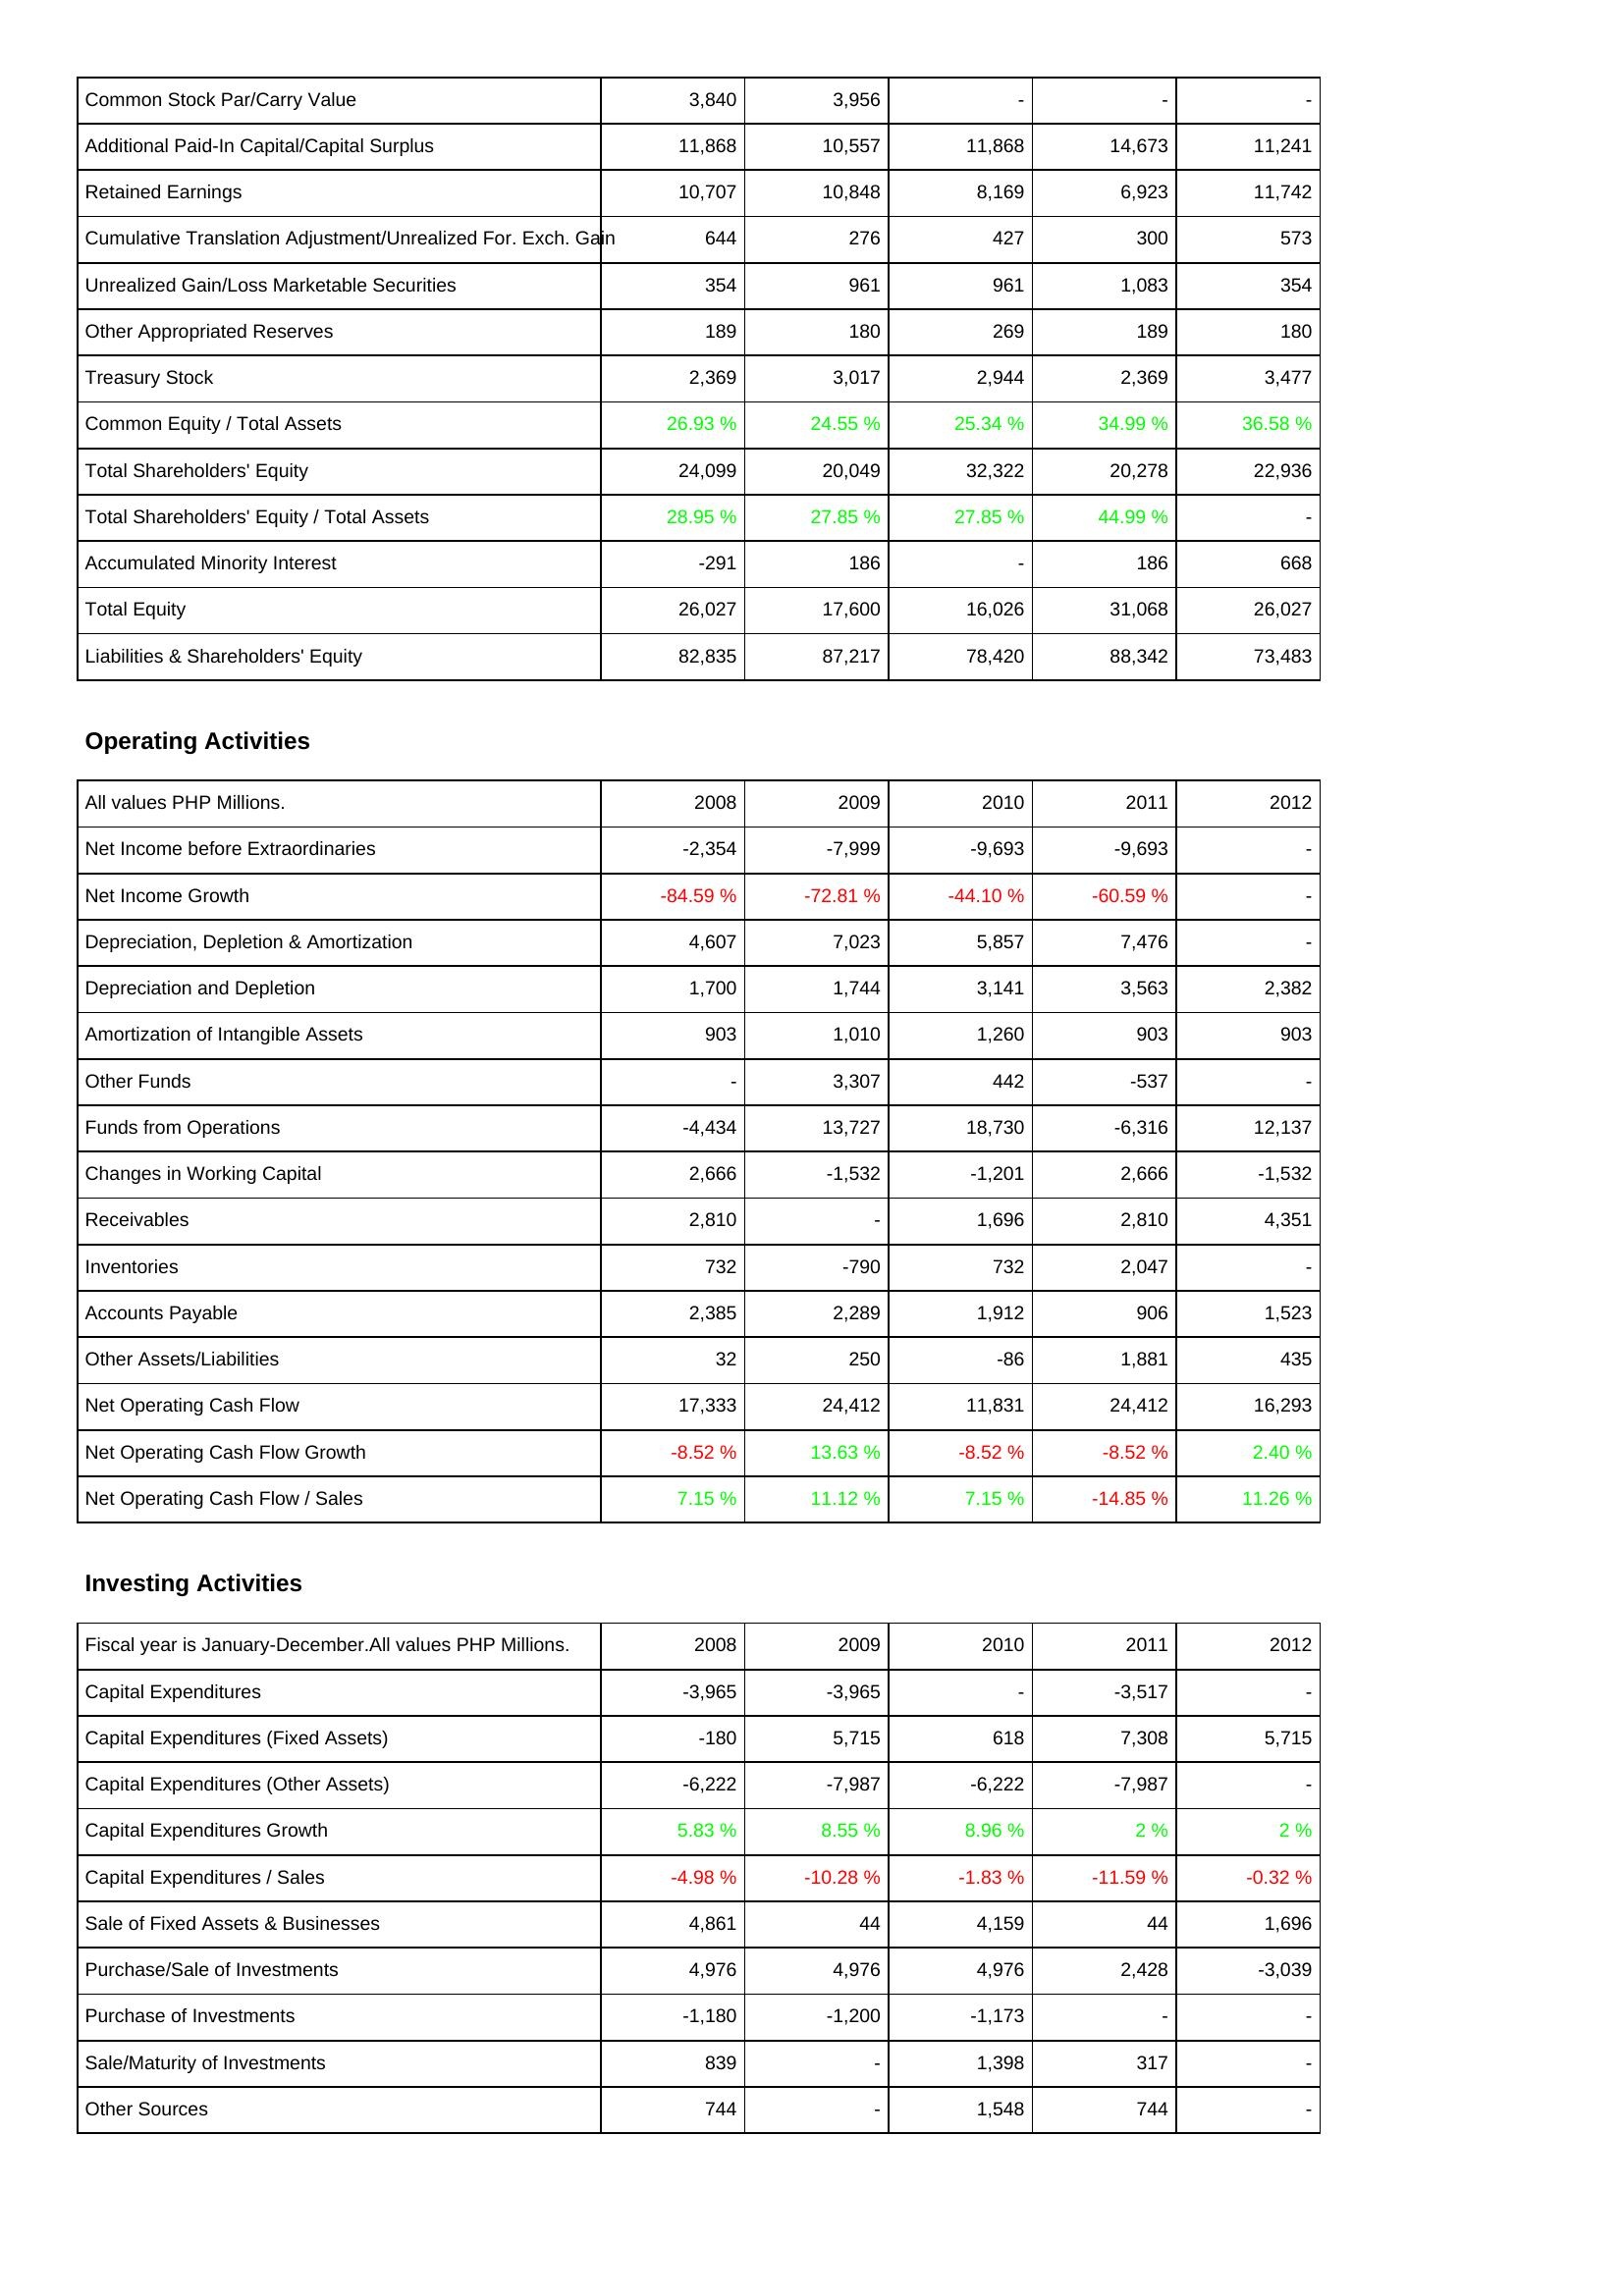
2008: Liabilities & Shareholders' Equity: Common Stock Par/Carry Value: 3,840
Additional Paid-In Capital/Capital Surplus: 11,868
Retained Earnings: 10,707
Cumulative Translation Adjustment/Unrealized For. Exch. Gain: 644
Unrealized Gain/Loss Marketable Securities: 354
Other Appropriated Reserves: 189
Treasury Stock: 2,369
Common Equity / Total Assets: 26.93 %
Total Shareholders' Equity: 24,099
Total Shareholders' Equity / Total Assets: 28.95 %
Accumulated Minority Interest: -291
Total Equity: 26,027
Liabilities & Shareholders' Equity: 82,835
Operating Activities: Net Income before Extraordinaries: -2,354
Net Income Growth: -84.59 %
Depreciation, Depletion & Amortization: 4,607
Depreciation and Depletion: 1,700
Amortization of Intangible Assets: 903
Other Funds: -
Funds from Operations: -4,434
Changes in Working Capital: 2,666
Receivables: 2,810
Inventories: 732
Accounts Payable: 2,385
Other Assets/Liabilities: 32
Net Operating Cash Flow: 17,333
Net Operating Cash Flow Growth: -8.52 %
Net Operating Cash Flow / Sales: 7.15 %
Investing Activities: Capital Expenditures: -3,965
Capital Expenditures (Fixed Assets): -180
Capital Expenditures (Other Assets): -6,222
Capital Expenditures Growth: 5.83 %
Capital Expenditures / Sales: -4.98 %
Sale of Fixed Assets & Businesses: 4,861
Purchase/Sale of Investments: 4,976
Purchase of Investments: -1,180
Sale/Maturity of Investments: 839
Other Sources: 744
2009: Liabilities & Shareholders' Equity: Common Stock Par/Carry Value: 3,956
Additional Paid-In Capital/Capital Surplus: 10,557
Retained Earnings: 10,848
Cumulative Translation Adjustment/Unrealized For. Exch. Gain: 276
Unrealized Gain/Loss Marketable Securities: 961
Other Appropriated Reserves: 180
Treasury Stock: 3,017
Common Equity / Total Assets: 24.55 %
Total Shareholders' Equity: 20,049
Total Shareholders' Equity / Total Assets: 27.85 %
Accumulated Minority Interest: 186
Total Equity: 17,600
Liabilities & Shareholders' Equity: 87,217
Operating Activities: Net Income before Extraordinaries: -7,999
Net Income Growth: -72.81 %
Depreciation, Depletion & Amortization: 7,023
Depreciation and Depletion: 1,744
Amortization of Intangible Assets: 1,010
Other Funds: 3,307
Funds from Operations: 13,727
Changes in Working Capital: -1,532
Receivables: -
Inventories: -790
Accounts Payable: 2,289
Other Assets/Liabilities: 250
Net Operating Cash Flow: 24,412
Net Operating Cash Flow Growth: 13.63 %
Net Operating Cash Flow / Sales: 11.12 %
Investing Activities: Capital Expenditures: -3,965
Capital Expenditures (Fixed Assets): 5,715
Capital Expenditures (Other Assets): -7,987
Capital Expenditures Growth: 8.55 %
Capital Expenditures / Sales: -10.28 %
Sale of Fixed Assets & Businesses: 44
Purchase/Sale of Investments: 4,976
Purchase of Investments: -1,200
Sale/Maturity of Investments: -
Other Sources: -
2010: Liabilities & Shareholders' Equity: Common Stock Par/Carry Value: -
Additional Paid-In Capital/Capital Surplus: 11,868
Retained Earnings: 8,169
Cumulative Translation Adjustment/Unrealized For. Exch. Gain: 427
Unrealized Gain/Loss Marketable Securities: 961
Other Appropriated Reserves: 269
Treasury Stock: 2,944
Common Equity / Total Assets: 25.34 %
Total Shareholders' Equity: 32,322
Total Shareholders' Equity / Total Assets: 27.85 %
Accumulated Minority Interest: -
Total Equity: 16,026
Liabilities & Shareholders' Equity: 78,420
Operating Activities: Net Income before Extraordinaries: -9,693
Net Income Growth: -44.10 %
Depreciation, Depletion & Amortization: 5,857
Depreciation and Depletion: 3,141
Amortization of Intangible Assets: 1,260
Other Funds: 442
Funds from Operations: 18,730
Changes in Working Capital: -1,201
Receivables: 1,696
Inventories: 732
Accounts Payable: 1,912
Other Assets/Liabilities: -86
Net Operating Cash Flow: 11,831
Net Operating Cash Flow Growth: -8.52 %
Net Operating Cash Flow / Sales: 7.15 %
Investing Activities: Capital Expenditures: -
Capital Expenditures (Fixed Assets): 618
Capital Expenditures (Other Assets): -6,222
Capital Expenditures Growth: 8.96 %
Capital Expenditures / Sales: -1.83 %
Sale of Fixed Assets & Businesses: 4,159
Purchase/Sale of Investments: 4,976
Purchase of Investments: -1,173
Sale/Maturity of Investments: 1,398
Other Sources: 1,548
2011: Liabilities & Shareholders' Equity: Common Stock Par/Carry Value: -
Additional Paid-In Capital/Capital Surplus: 14,673
Retained Earnings: 6,923
Cumulative Translation Adjustment/Unrealized For. Exch. Gain: 300
Unrealized Gain/Loss Marketable Securities: 1,083
Other Appropriated Reserves: 189
Treasury Stock: 2,369
Common Equity / Total Assets: 34.99 %
Total Shareholders' Equity: 20,278
Total Shareholders' Equity / Total Assets: 44.99 %
Accumulated Minority Interest: 186
Total Equity: 31,068
Liabilities & Shareholders' Equity: 88,342
Operating Activities: Net Income before Extraordinaries: -9,693
Net Income Growth: -60.59 %
Depreciation, Depletion & Amortization: 7,476
Depreciation and Depletion: 3,563
Amortization of Intangible Assets: 903
Other Funds: -537
Funds from Operations: -6,316
Changes in Working Capital: 2,666
Receivables: 2,810
Inventories: 2,047
Accounts Payable: 906
Other Assets/Liabilities: 1,881
Net Operating Cash Flow: 24,412
Net Operating Cash Flow Growth: -8.52 %
Net Operating Cash Flow / Sales: -14.85 %
Investing Activities: Capital Expenditures: -3,517
Capital Expenditures (Fixed Assets): 7,308
Capital Expenditures (Other Assets): -7,987
Capital Expenditures Growth: 2 %
Capital Expenditures / Sales: -11.59 %
Sale of Fixed Assets & Businesses: 44
Purchase/Sale of Investments: 2,428
Purchase of Investments: -
Sale/Maturity of Investments: 317
Other Sources: 744
2012: Liabilities & Shareholders' Equity: Common Stock Par/Carry Value: -
Additional Paid-In Capital/Capital Surplus: 11,241
Retained Earnings: 11,742
Cumulative Translation Adjustment/Unrealized For. Exch. Gain: 573
Unrealized Gain/Loss Marketable Securities: 354
Other Appropriated Reserves: 180
Treasury Stock: 3,477
Common Equity / Total Assets: 36.58 %
Total Shareholders' Equity: 22,936
Total Shareholders' Equity / Total Assets: -
Accumulated Minority Interest: 668
Total Equity: 26,027
Liabilities & Shareholders' Equity: 73,483
Operating Activities: Net Income before Extraordinaries: -
Net Income Growth: -
Depreciation, Depletion & Amortization: -
Depreciation and Depletion: 2,382
Amortization of Intangible Assets: 903
Other Funds: -
Funds from Operations: 12,137
Changes in Working Capital: -1,532
Receivables: 4,351
Inventories: -
Accounts Payable: 1,523
Other Assets/Liabilities: 435
Net Operating Cash Flow: 16,293
Net Operating Cash Flow Growth: 2.40 %
Net Operating Cash Flow / Sales: 11.26 %
Investing Activities: Capital Expenditures: -
Capital Expenditures (Fixed Assets): 5,715
Capital Expenditures (Other Assets): -
Capital Expenditures Growth: 2 %
Capital Expenditures / Sales: -0.32 %
Sale of Fixed Assets & Businesses: 1,696
Purchase/Sale of Investments: -3,039
Purchase of Investments: -
Sale/Maturity of Investments: -
Other Sources: -